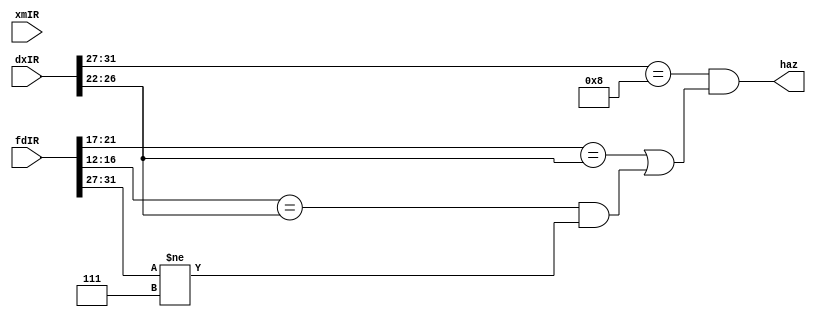
module hazard(input[31:0] fdIR, dxIR, xmIR, output haz);
    wire [4:0] dxIROp, fdIRRS1, dxIRRD, fdIRRS2, fdIROp;
    assign dxIROp = dxIR[31:27];
    assign fdIRRS1 = fdIR[21:17];
    assign dxIRRD = dxIR[26:22];
    assign fdIRRS2 = fdIR[16:12];
    assign fdIROp = fdIR[31:27];

    assign haz = (dxIROp == 5'b01000) && ((fdIRRS1 == dxIRRD) || ((fdIRRS2 == dxIRRD) && (fdIROp != 5'b00111)));
endmodule